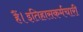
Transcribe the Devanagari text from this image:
हैं।इतिहासकर्मचारी